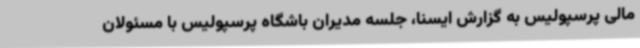
مالی پرسپولیس به گزارش ایسنا، جلسه مدیران باشگاه پرسپولیس با مسئولان